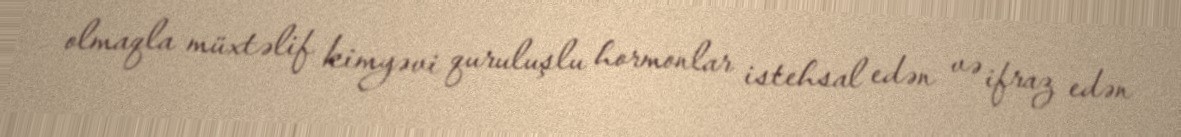
olmaqla müxtəlif kimyəvi quruluşlu hormonlar istehsal edən və ifraz edən